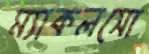
ম্যাকলসো